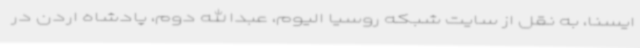
ایسنا، به نقل از سایت شبکه روسیا الیوم، عبدالله دوم، پادشاه اردن در